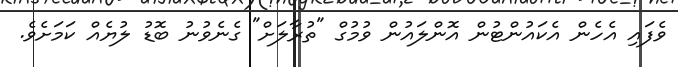
ވެފައި އެހެން އެކައުންޓުން އޮންލައުން ވުމުގް "ތުރާލަށް" ގެނެވުނު ބޮޑު ލުޔެއް ކަމަށެވެ.